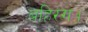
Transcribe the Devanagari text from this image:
बहिरंग।